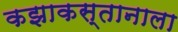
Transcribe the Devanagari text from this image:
कझाकस्तानाला